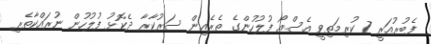
ފެބުރުއަރީ 7 ކުރިމަތިވީ އެސްއޯ ފުލުހުންގެ ތެރެއިން ސަރުކާރާ ދެކޮޅު ފުލުހުން ނުރައްކާތެރި